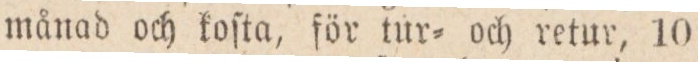
månad och koſta, för tur= och retur, 10